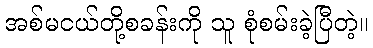
အစ်မငယ်တို့စခန်းကို သူ စုံစမ်းခဲ့ပြီတဲ့။